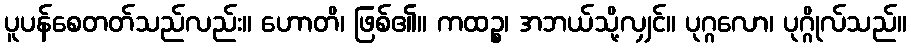
ပူပန်စေတတ်သည်လည်း။ ဟောတိ၊ ဖြစ်၏။ ကထဉ္စ၊ အဘယ်သို့လျှင်။ ပုဂ္ဂလော၊ ပုဂ္ဂိုလ်သည်။